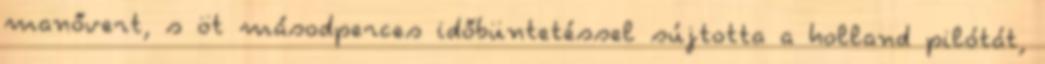
manővert, s öt másodperces időbüntetéssel sújtotta a holland pilótát,